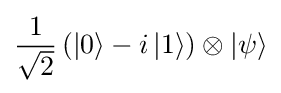
{\frac {1}{\sqrt {2}}}\left(\left|0\right\rangle -i\left|1\right\rangle \right)\otimes \left|\psi \right\rangle